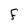
Character: F